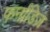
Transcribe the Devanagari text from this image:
फर्नांडिज़